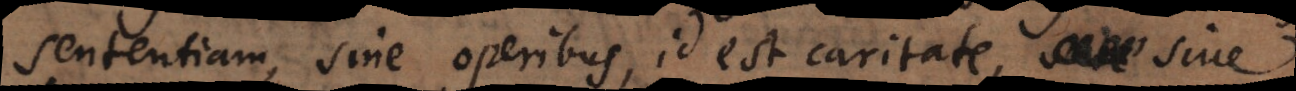
sententiam, sine operibus, id est caritate, sive